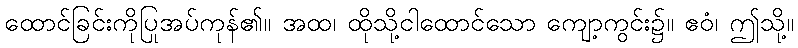
ထောင်ခြင်းကိုပြုအပ်ကုန်၏။ အထ၊ ထိုသို့ငါထောင်သော ကျော့ကွင်း၌။ ဧဝံ၊ ဤသို့။